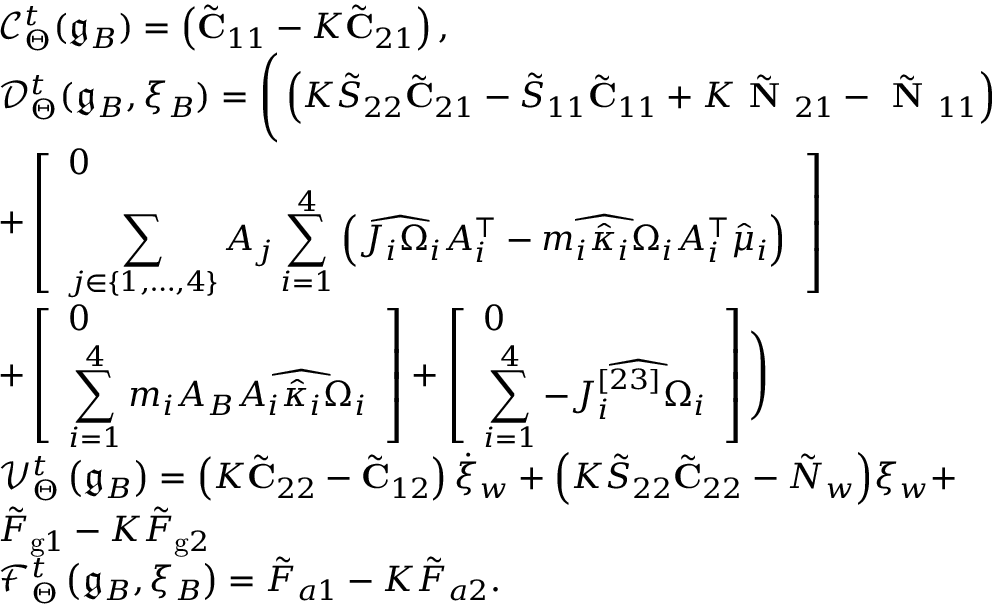
\begin{array} { r l } & { \mathcal { C } _ { \Theta } ^ { t } ( \mathfrak { g } _ { B } ) = \left( \tilde { \mathbf { C } } _ { 1 1 } - K \tilde { \mathbf { C } } _ { 2 1 } \right) , } \\ & { \mathcal { D } _ { \Theta } ^ { t } ( \mathfrak { g } _ { B } , \xi _ { B } ) = \Bigg ( \left( K \tilde { S } _ { 2 2 } \tilde { \mathbf { C } } _ { 2 1 } - \tilde { S } _ { 1 1 } \tilde { \mathbf { C } } _ { 1 1 } + K \tilde { \textbf { N } } _ { 2 1 } - \tilde { \textbf { N } } _ { 1 1 } \right) } \\ & { + \left[ \begin{array} { l } { 0 } \\ { \displaystyle \sum _ { j \in \{ 1 , \dots , 4 \} } A _ { j } \displaystyle \sum _ { i = 1 } ^ { 4 } \left( \widehat { J _ { i } \Omega _ { i } } A _ { i } ^ { \top } - m _ { i } \widehat { \hat { \kappa } _ { i } \Omega _ { i } } A _ { i } ^ { \top } \hat { \mu } _ { i } \right) } \end{array} \right] } \\ & { + \left[ \begin{array} { l } { 0 } \\ { \displaystyle \sum _ { i = 1 } ^ { 4 } m _ { i } A _ { B } \widehat { A _ { i } \hat { \kappa } _ { i } \Omega _ { i } } } \end{array} \right] + \left[ \begin{array} { l } { 0 } \\ { \displaystyle \sum _ { i = 1 } ^ { 4 } - \widehat { J _ { i } ^ { [ 2 3 ] } \Omega _ { i } } } \end{array} \right] \Bigg ) } \\ & { \mathcal { V } _ { \Theta } ^ { t } \left( \mathfrak { g } _ { B } \right) = \left( K \tilde { \mathbf { C } } _ { 2 2 } - \tilde { \mathbf { C } } _ { 1 2 } \right) \dot { \xi } _ { w } + \Big ( K \tilde { S } _ { 2 2 } \tilde { \mathbf { C } } _ { 2 2 } - \tilde { N } _ { w } \Big ) \xi _ { w } + } \\ & { \tilde { F } _ { \mathrm { g } 1 } - K \tilde { F } _ { \mathrm { g } 2 } } \\ & { \mathcal { F } _ { \Theta } ^ { t } \left( \mathfrak { g } _ { B } , \xi _ { B } \right) = \tilde { F } _ { a 1 } - K \tilde { F } _ { a 2 } . } \end{array}